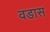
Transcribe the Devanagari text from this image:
वडास